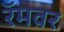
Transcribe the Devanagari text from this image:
रॅमवर